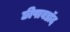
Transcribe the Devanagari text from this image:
छीपाबडॉद